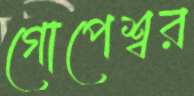
গোপেশ্বর